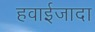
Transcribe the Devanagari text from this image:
हवाईजादा